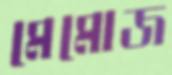
মেমোজ